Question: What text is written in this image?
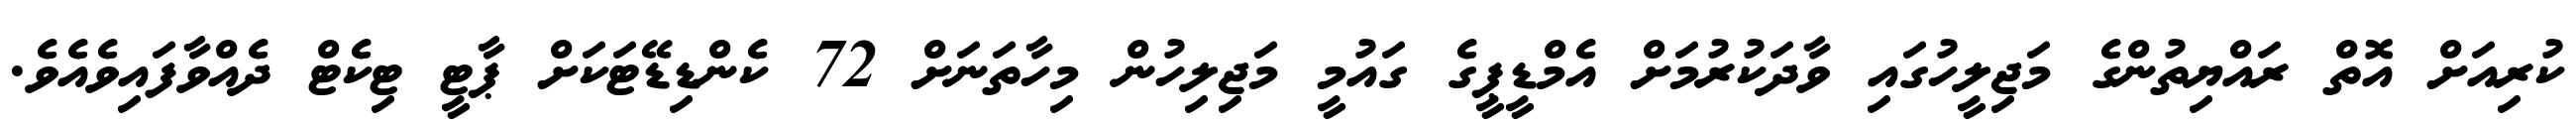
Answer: ކުރިއަށް އޮތް ރައްޔިތުންގެ މަޖިލީހުގައި ވާދަކުރުމަށް އެމްޑީޕީގެ ގައުމީ މަޖިލިހުން މިހާތަނަށް 72 ކެންޑިޑޭޓަކަށް ޕާޓީ ޓިކެޓް ދެއްވާފައިވެއެވެ.